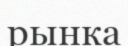
рынка